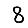
Digit: 8